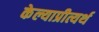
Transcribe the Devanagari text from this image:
केल्याप्रीत्यर्थ